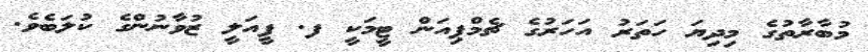
މުބާރާތުގެ މިދިޔަ ހަތަރު އަހަރުގެ ޗެމްޕިއަން ޓީމަކީ ފ. ފީއަލީ ޒުވާނުންގެ ކުލަބެވެ.